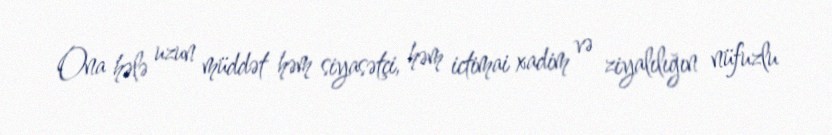
Ona hələ uzun müddət həm siyasətçi, həm ictimai xadim və ziyalılığın nüfuzlu